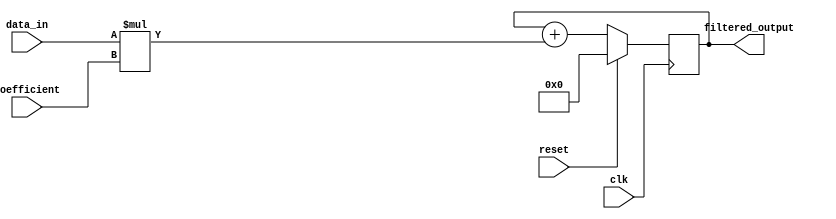
module FIR_filter_accumulator (
    input wire clk,
    input wire reset,
    input wire [7:0] data_in,
    input wire [7:0] coefficient,
    output reg [15:0] filtered_output
);

reg [15:0] acc = 0;

always @(posedge clk) begin
    if (reset) begin
        acc <= 0;
    end else begin
        acc <= acc + data_in * coefficient;
    end
end

assign filtered_output = acc;

endmodule